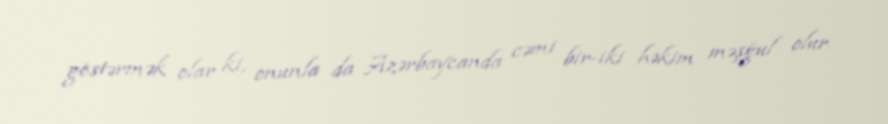
göstərmək olar ki, onunla da Azərbaycanda cəmi bir-iki həkim məşğul olur.